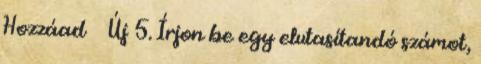
Hozzáad → Új 5. Írjon be egy elutasítandó számot,